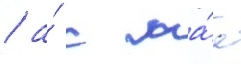
/ а́ с ма́я